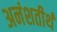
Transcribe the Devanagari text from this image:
अनंशतीर्थ